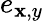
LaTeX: e_{\mathbf{x},y}